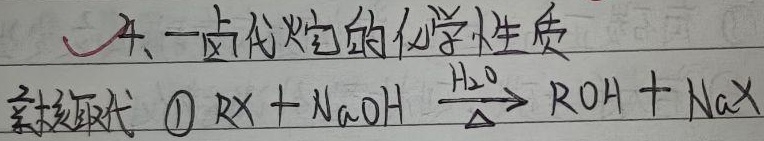
一、卤代烃的化学性质亲核取代
\(\textcircled{1}\) \(RX + NaOH\xrightarrow[\text{H}_{2}\text{O}]{\Delta}ROH + NaX\)